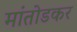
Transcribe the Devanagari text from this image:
मांतोडकर